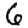
Digit: 6